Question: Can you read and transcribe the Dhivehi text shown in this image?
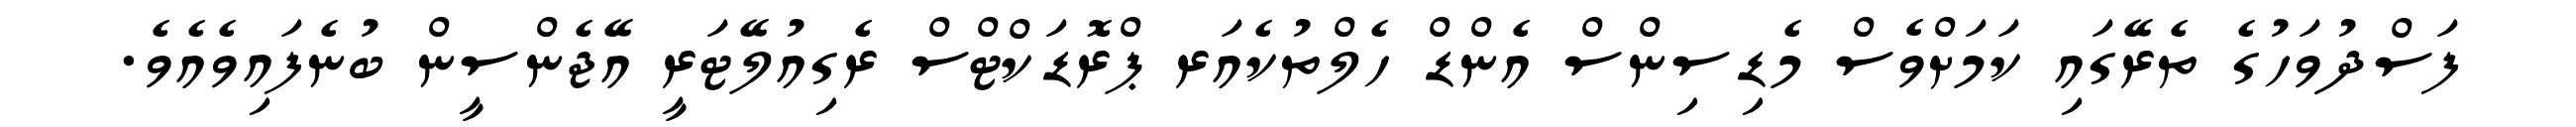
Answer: ފަސްދުވަހުގެ ތެރޭގައި ކަމަށްވެސް މެޑިސިންސް އެންޑް ހެލްތުކެއަރ ޕްރޮޑަކްޓްސް ރެގިއުލޭޓަރީ އޭޖެންސީން ބުނެފައިވެއެވެ.